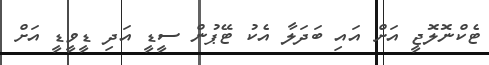
ޓެކްނޮލޮޖީ އަށް އައި ބަދަލާ އެކު ޓޭޕުން ސީޑީ އަދި ޑީވީޑީ އަށް